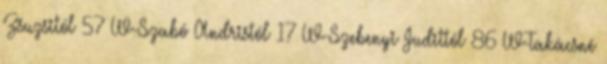
Zsuzsitól 57 W-Szabó Andristól 17 W-Szebenyi Judittól 86 W-Takácsné